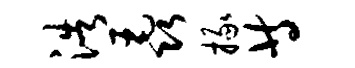
浩毳掾等